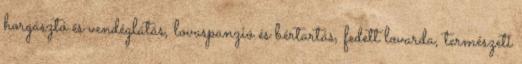
horgásztó és vendéglátás, lovaspanzió és bértartás, fedett lovarda, természeti